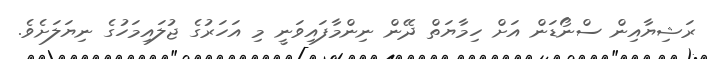
ރަޝިޔާއިން ސްނޯޑަން އަށް ހިމާޔަތް ދޭން ނިންމާފައިވަނީ މި އަހަރުގެ ޖުލައިމަހުގެ ނިޔަލަށެވެ.